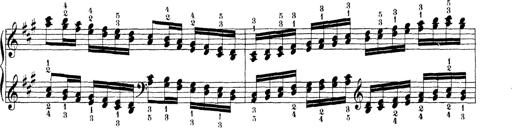
Title: Technische Studien
Composer: Franz Liszt